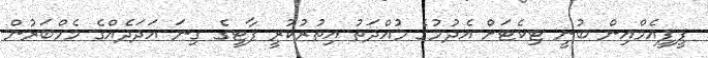
ޕީޕީއެމްއިން ބުނީ ޓިކެޓަށް އެދުމުގެ މުއްދަތު އިތުރުކުރީ ޕާޓީގެ ގިނަ އަދަދެއްގެ މެމްބަރުން